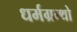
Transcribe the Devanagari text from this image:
धर्मग्रन्थो